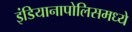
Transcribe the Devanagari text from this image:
इंडियानापोलिसमध्ये